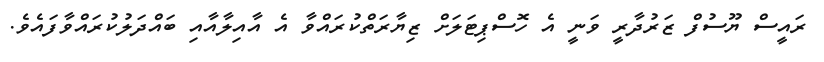
ރައީސް ޔޫސުފް ޒަރުދާރީ ވަނީ އެ ހޮސްޕިޓަލަށް ޒިޔާރަތްކުރައްވާ އެ އާއިލާއާއި ބައްދަލުކުރައްވާފައެވެ.